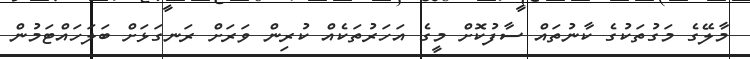
މާލޭގެ މަގުތަކުގެ ކާނުތައް ސާފުކޮށް މީގެ އަހަރުތަކެއް ކުރިން ވަރަށް ރަނގަޅަށް ބަލަހައްޓަމުން